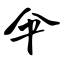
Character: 伞